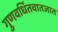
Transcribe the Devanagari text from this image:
गुणवर्धितवातजात